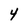
Character: 4